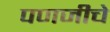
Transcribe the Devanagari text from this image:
पणजीचे